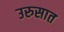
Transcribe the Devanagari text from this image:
उरुसात